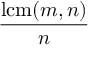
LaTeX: \frac { \operatorname { l c m } ( m , n ) } { n }